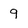
Character: 9